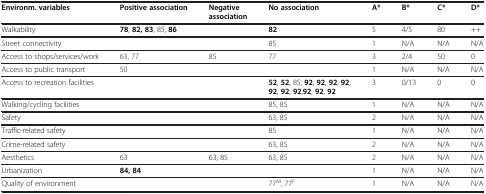
<table><thead><tr><td><b>Environm. variables</b></td><td><b>Positive association</b></td><td><b>Negative association</b></td><td><b>No association</b></td><td><b>A*</b></td><td><b>B*</b></td><td><b>C*</b></td><td><b>D*</b></td></tr></thead><tbody><tr><td>Walkability</td><td><b>78</b>, <b>82, 83</b>, 85, <b>86</b></td><td> </td><td><b>82</b></td><td>5</td><td>4/5</td><td>80</td><td>++</td></tr><tr><td>Street connectivity</td><td> </td><td> </td><td>85</td><td>1</td><td>N/A</td><td>N/A</td><td>N/A</td></tr><tr><td>Access to shops/services/work</td><td>63, 77</td><td>85</td><td>77</td><td>3</td><td>2/4</td><td>50</td><td>0</td></tr><tr><td>Access to public transport</td><td>50</td><td> </td><td> </td><td>1</td><td>N/A</td><td>N/A</td><td>N/A</td></tr><tr><td>Access to recreation facilities</td><td> </td><td> </td><td><b>52</b>, <b>52</b>, 85, <b>92</b>, <b>92</b>, <b>92</b>, <b>92</b>, <b>92</b>, <b>92</b>, <b>92</b>,<b>92</b>, <b>92</b>, <b>92</b></td><td>3</td><td>0/13</td><td>0</td><td>0</td></tr><tr><td>Walking/cycling facilities</td><td> </td><td> </td><td>85, 85</td><td>1</td><td>N/A</td><td>N/A</td><td>N/A</td></tr><tr><td>Safety</td><td> </td><td> </td><td>63, 85</td><td>2</td><td>N/A</td><td>N/A</td><td>N/A</td></tr><tr><td>Traffic-related safety</td><td> </td><td> </td><td>85</td><td>1</td><td>N/A</td><td>N/A</td><td>N/A</td></tr><tr><td>Crime-related safety</td><td> </td><td> </td><td>63, 85</td><td>2</td><td>N/A</td><td>N/A</td><td>N/A</td></tr><tr><td>Aesthetics</td><td>63</td><td>63, 85</td><td>63, 85</td><td>2</td><td>N/A</td><td>N/A</td><td>N/A</td></tr><tr><td>Urbanization</td><td><b>84, 84</b></td><td> </td><td> </td><td>1</td><td>N/A</td><td>N/A</td><td>N/A</td></tr><tr><td>Quality of environment</td><td> </td><td> </td><td>77<sup>M</sup>, 77<sup>F</sup></td><td>1</td><td>N/A</td><td>N/A</td><td>N/A</td></tr></tbody></table>